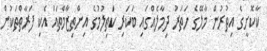
ކާކޮށީގެ އިތުރުން މާލޭގެ ހަތަރު ދިމާލެއްގައި ބަކަރި ކަތިލުމުގެ އިންތިޒާމްތައް އެކި ފަރާތްތަކުން